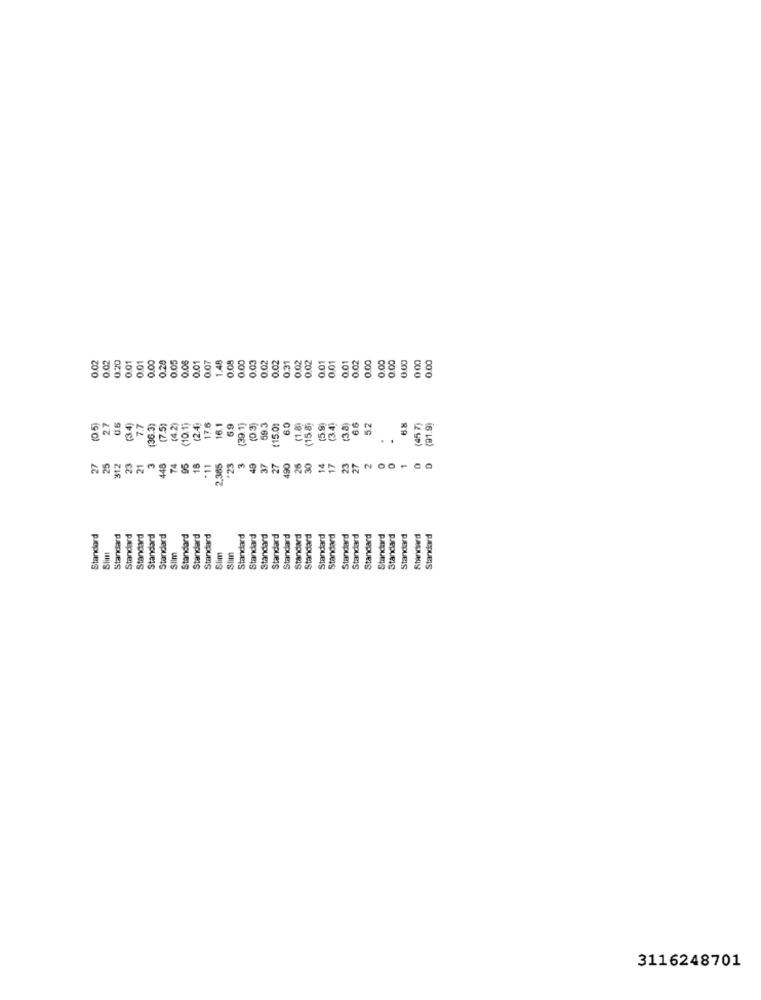
0.01
0.00
0.20
0.05
0.05
0.01
0.07
1.48
0.03
0.02
0.02
0.31
0.02
0.02
0.01
0.01
0.01
0.02
0.00
0.00
0.00
0.00
0.02
0.02
0.20
0.01
0.00
(0.5)
2.7
0.6
(3.4
7.7
(36.3)
(7.5)
(4.2)
(10.1)
(2.4]
17.6
16.1
6.9
(39.1]
(0.3)
59.3
15.00
6.0
(5 9)
3.41
(3.8]
6.6
5.2
31.9
..
25
74
95
18
27
26
30
14
17
1
27
312
23
21
448
11
2.385
-23
3
49
37
490
23
27
,0
Standard
Standard
Standard
Standard
Standard
Standard
Standard
Standard
Standard
Standard
Standard
Standard
Standard
Standard
Standard
Standard
Standard
Standard
Standard
Standard
Standard
Standard
Standard
Standard
Standard
Standard
Slim
Sim
Siim
Slim
3116248701